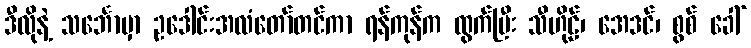
ဒီလိုနဲ့ သင်္ဘောမှာ ဥဒေါင်းအလံတော်တင်ကာ ရန်ကုန်က ထွက်ပြီး သီဟိုဠ်၊ အေဒင်၊ စွစ် ခေါ်